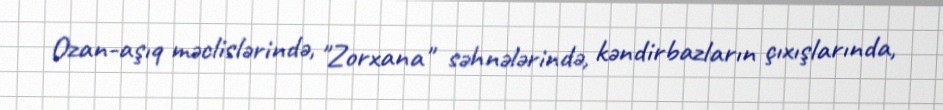
Ozan-aşıq məclislərində, "Zorxana" səhnələrində, kəndirbazların çıxışlarında,